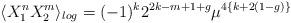
LaTeX: \begin{align*}\langle X_1^n X_2^m \rangle_{log} = (-1)^k 2^{2k-m+1+g}\mu^{4\{k+2(1-g)\}}\end{align*}